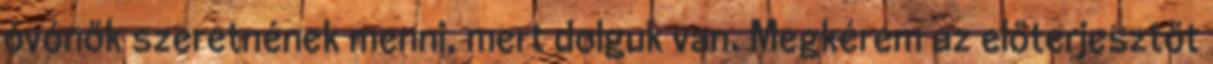
óvónők szeretnének menni, mert dolguk van. Megkérem az előterjesztőt